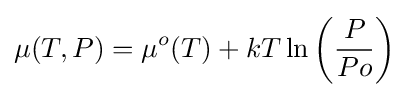
\mu (T,P)=\mu ^{o}(T)+kT\ln \left({\frac {P}{Po}}\right)